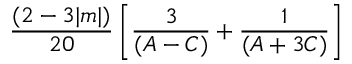
\frac { ( 2 - 3 | m | ) } { 2 0 } \left[ \frac { 3 } { ( A - C ) } + \frac { 1 } { ( A + 3 C ) } \right]